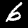
Label: 6